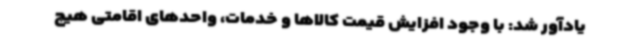
یادآور شد: با وجود افزایش قیمت‌ کالاها و خدمات، واحدهای اقامتی هیچ